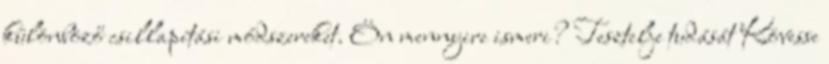
különböző csillapítási módszereket. Ön mennyire ismeri? Tesztelje tudását Kövesse